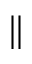
\parallel